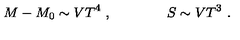
M - M _ { 0 } \sim V T ^ { 4 } \ , \qquad \qquad S \sim V T ^ { 3 } \ .